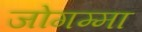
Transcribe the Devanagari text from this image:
जोगम्मा